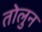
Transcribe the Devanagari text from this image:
तोलुन